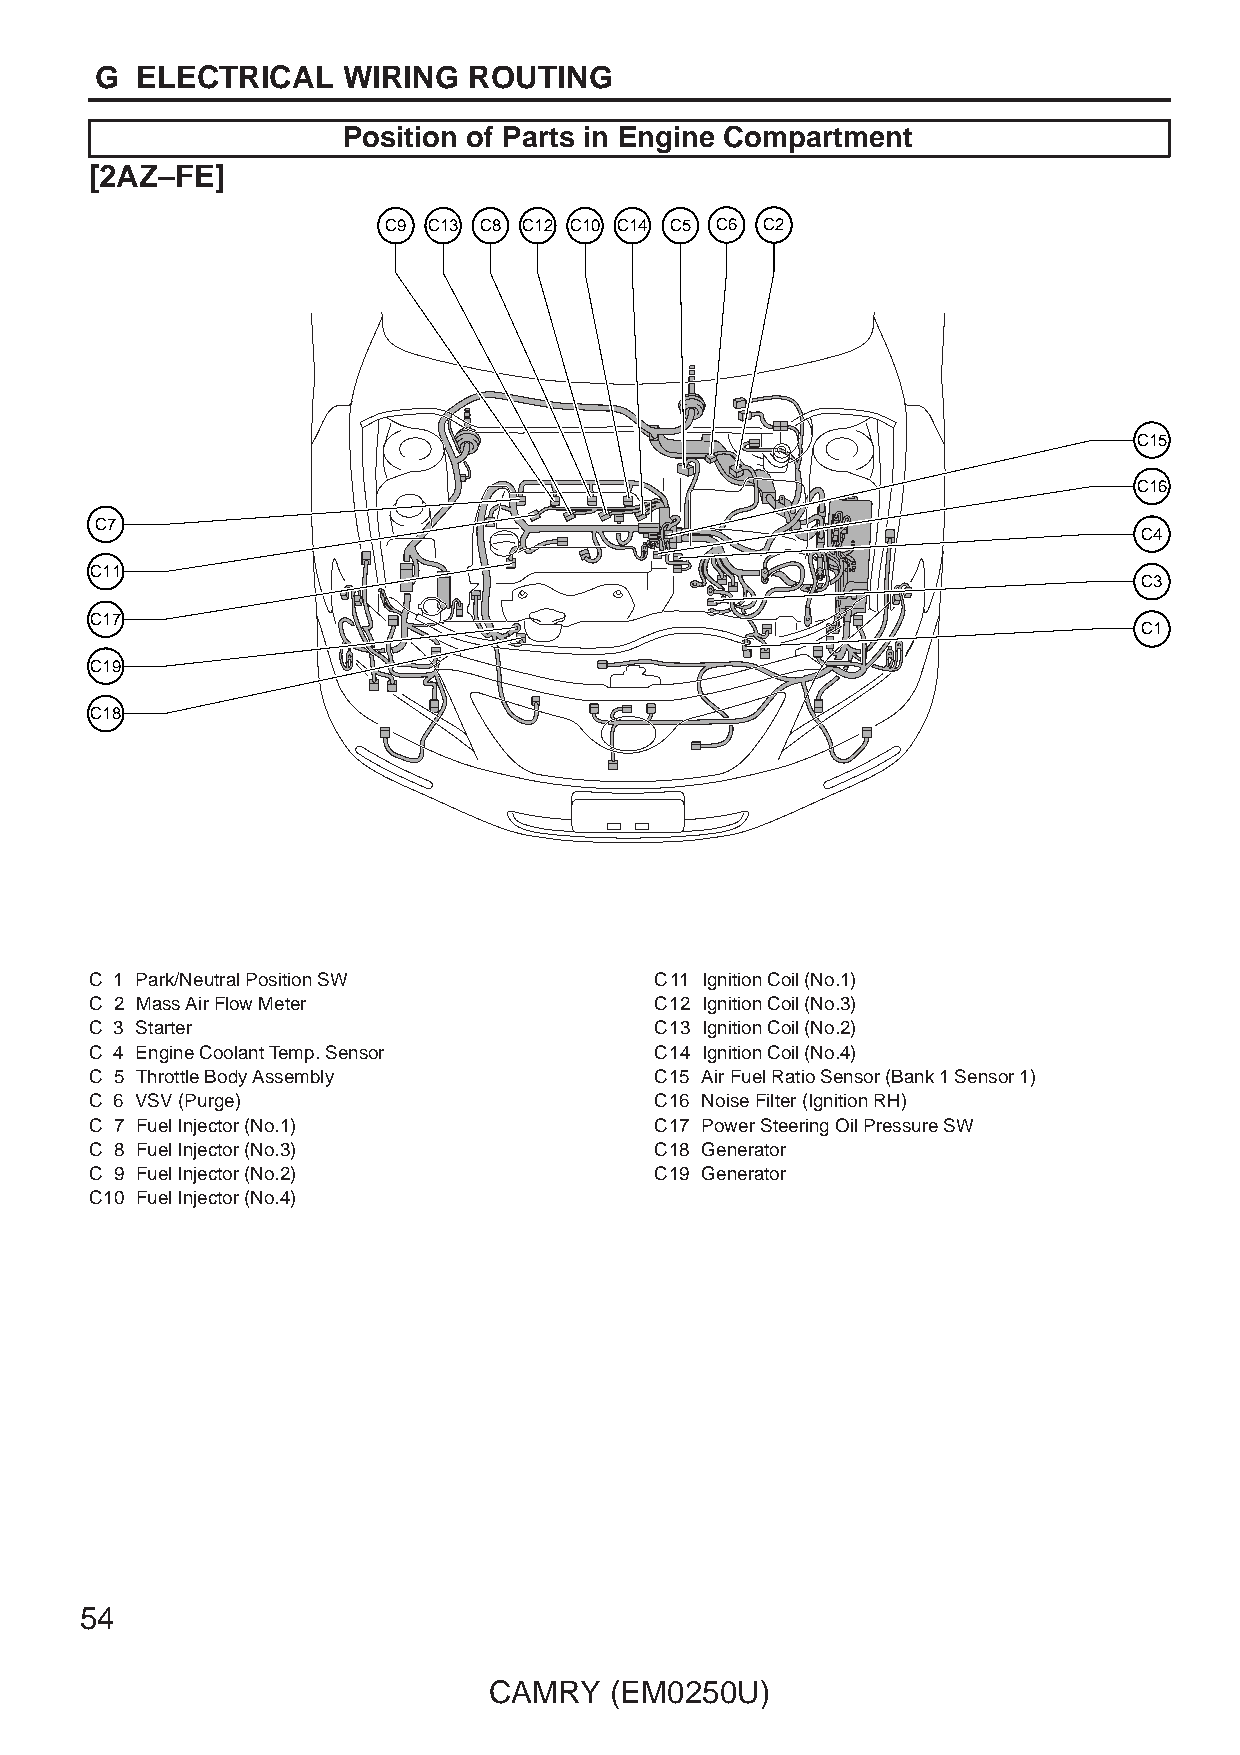
G  ELECTRICAL    WIRING  ROUTING
 Position of Parts in Engine Compartment
 [2AZ–FE]
 C9 C13 C8 C12 C10 C14 C5 C6 C2
 C15
 C16
 C7
 C4
 C11
 C3
 C17
 C1
 C19
 C18
 C 1 Park/Neutral Position SW         C11 Ignition Coil (No.1)
 C 2 Mass Air Flow Meter              C12 Ignition Coil (No.3)
 C 3 Starter                          C13 Ignition Coil (No.2)
 C 4 Engine Coolant Temp. Sensor      C14 Ignition Coil (No.4)
 C 5 Throttle Body Assembly           C15 Air Fuel Ratio Sensor (Bank 1 Sensor 1)
 C 6 VSV (Purge)                      C16 Noise Filter (Ignition RH)
 C 7 Fuel Injector (No.1)             C17 Power Steering Oil Pressure SW
 C 8 Fuel Injector (No.3)             C18 Generator
 C 9 Fuel Injector (No.2)             C19 Generator
 C10 Fuel Injector (No.4)
 54
 CAMRY   (EM0250U)